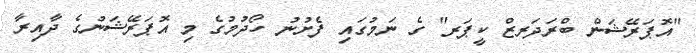
"އޮޕަރޭޝަން ބްރަދަރޒް ކީޕަރ" ގެ ނަމުގައި ފެށުނު ހޯދުމުގެ މި އޮޕަރޭޝަނުގެ ދާއިރާ